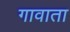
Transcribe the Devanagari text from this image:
गावाता